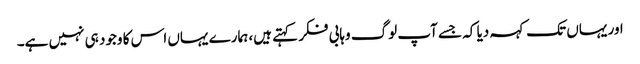
اور یہاں تک کہہ دیا کہ جسے آپ لوگ وہابی فکر کہتے ہیں، ہمارے یہاں اس کا وجود ہی نہیں ہے۔